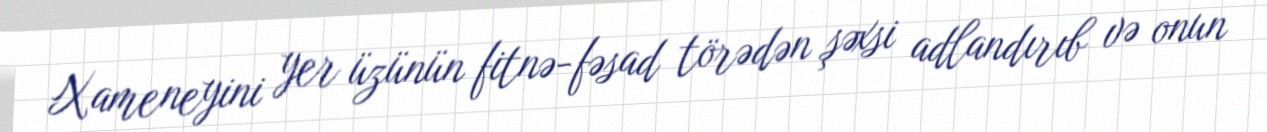
Xameneyini yer üzünün fitnə-fəsad törədən şəxsi adlandırıb və onun